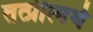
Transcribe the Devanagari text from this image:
तत्प्रीत्यर्थ